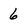
Character: 6